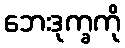
ဘေးဒုက္ခကို